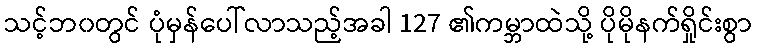
သင့်ဘ၀တွင် ပုံမှန်ပေါ်လာသည့်အခါ 127 ၏ကမ္ဘာထဲသို့ ပိုမိုနက်ရှိုင်းစွာ